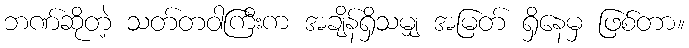
ဘဏ်ဆိုတဲ့ သတ်တဝါကြီးက အချိန်ရှိသမျှ အမြတ် ရှိနေမှ ဖြစ်တာ။